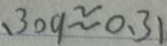
. 3 0 9 \approx 0 . 3 1